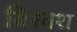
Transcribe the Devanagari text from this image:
विश्वश